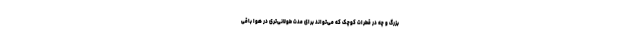
بزرگ و چه در قطرات کوچک که می‌تواند برای مدت طولانی‌تری در هوا باقی